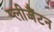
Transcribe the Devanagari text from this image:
प्लीजैंटन